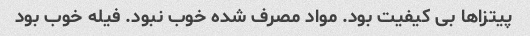
پیتزاها بی کیفیت بود. مواد مصرف شده خوب نبود. فیله خوب بود